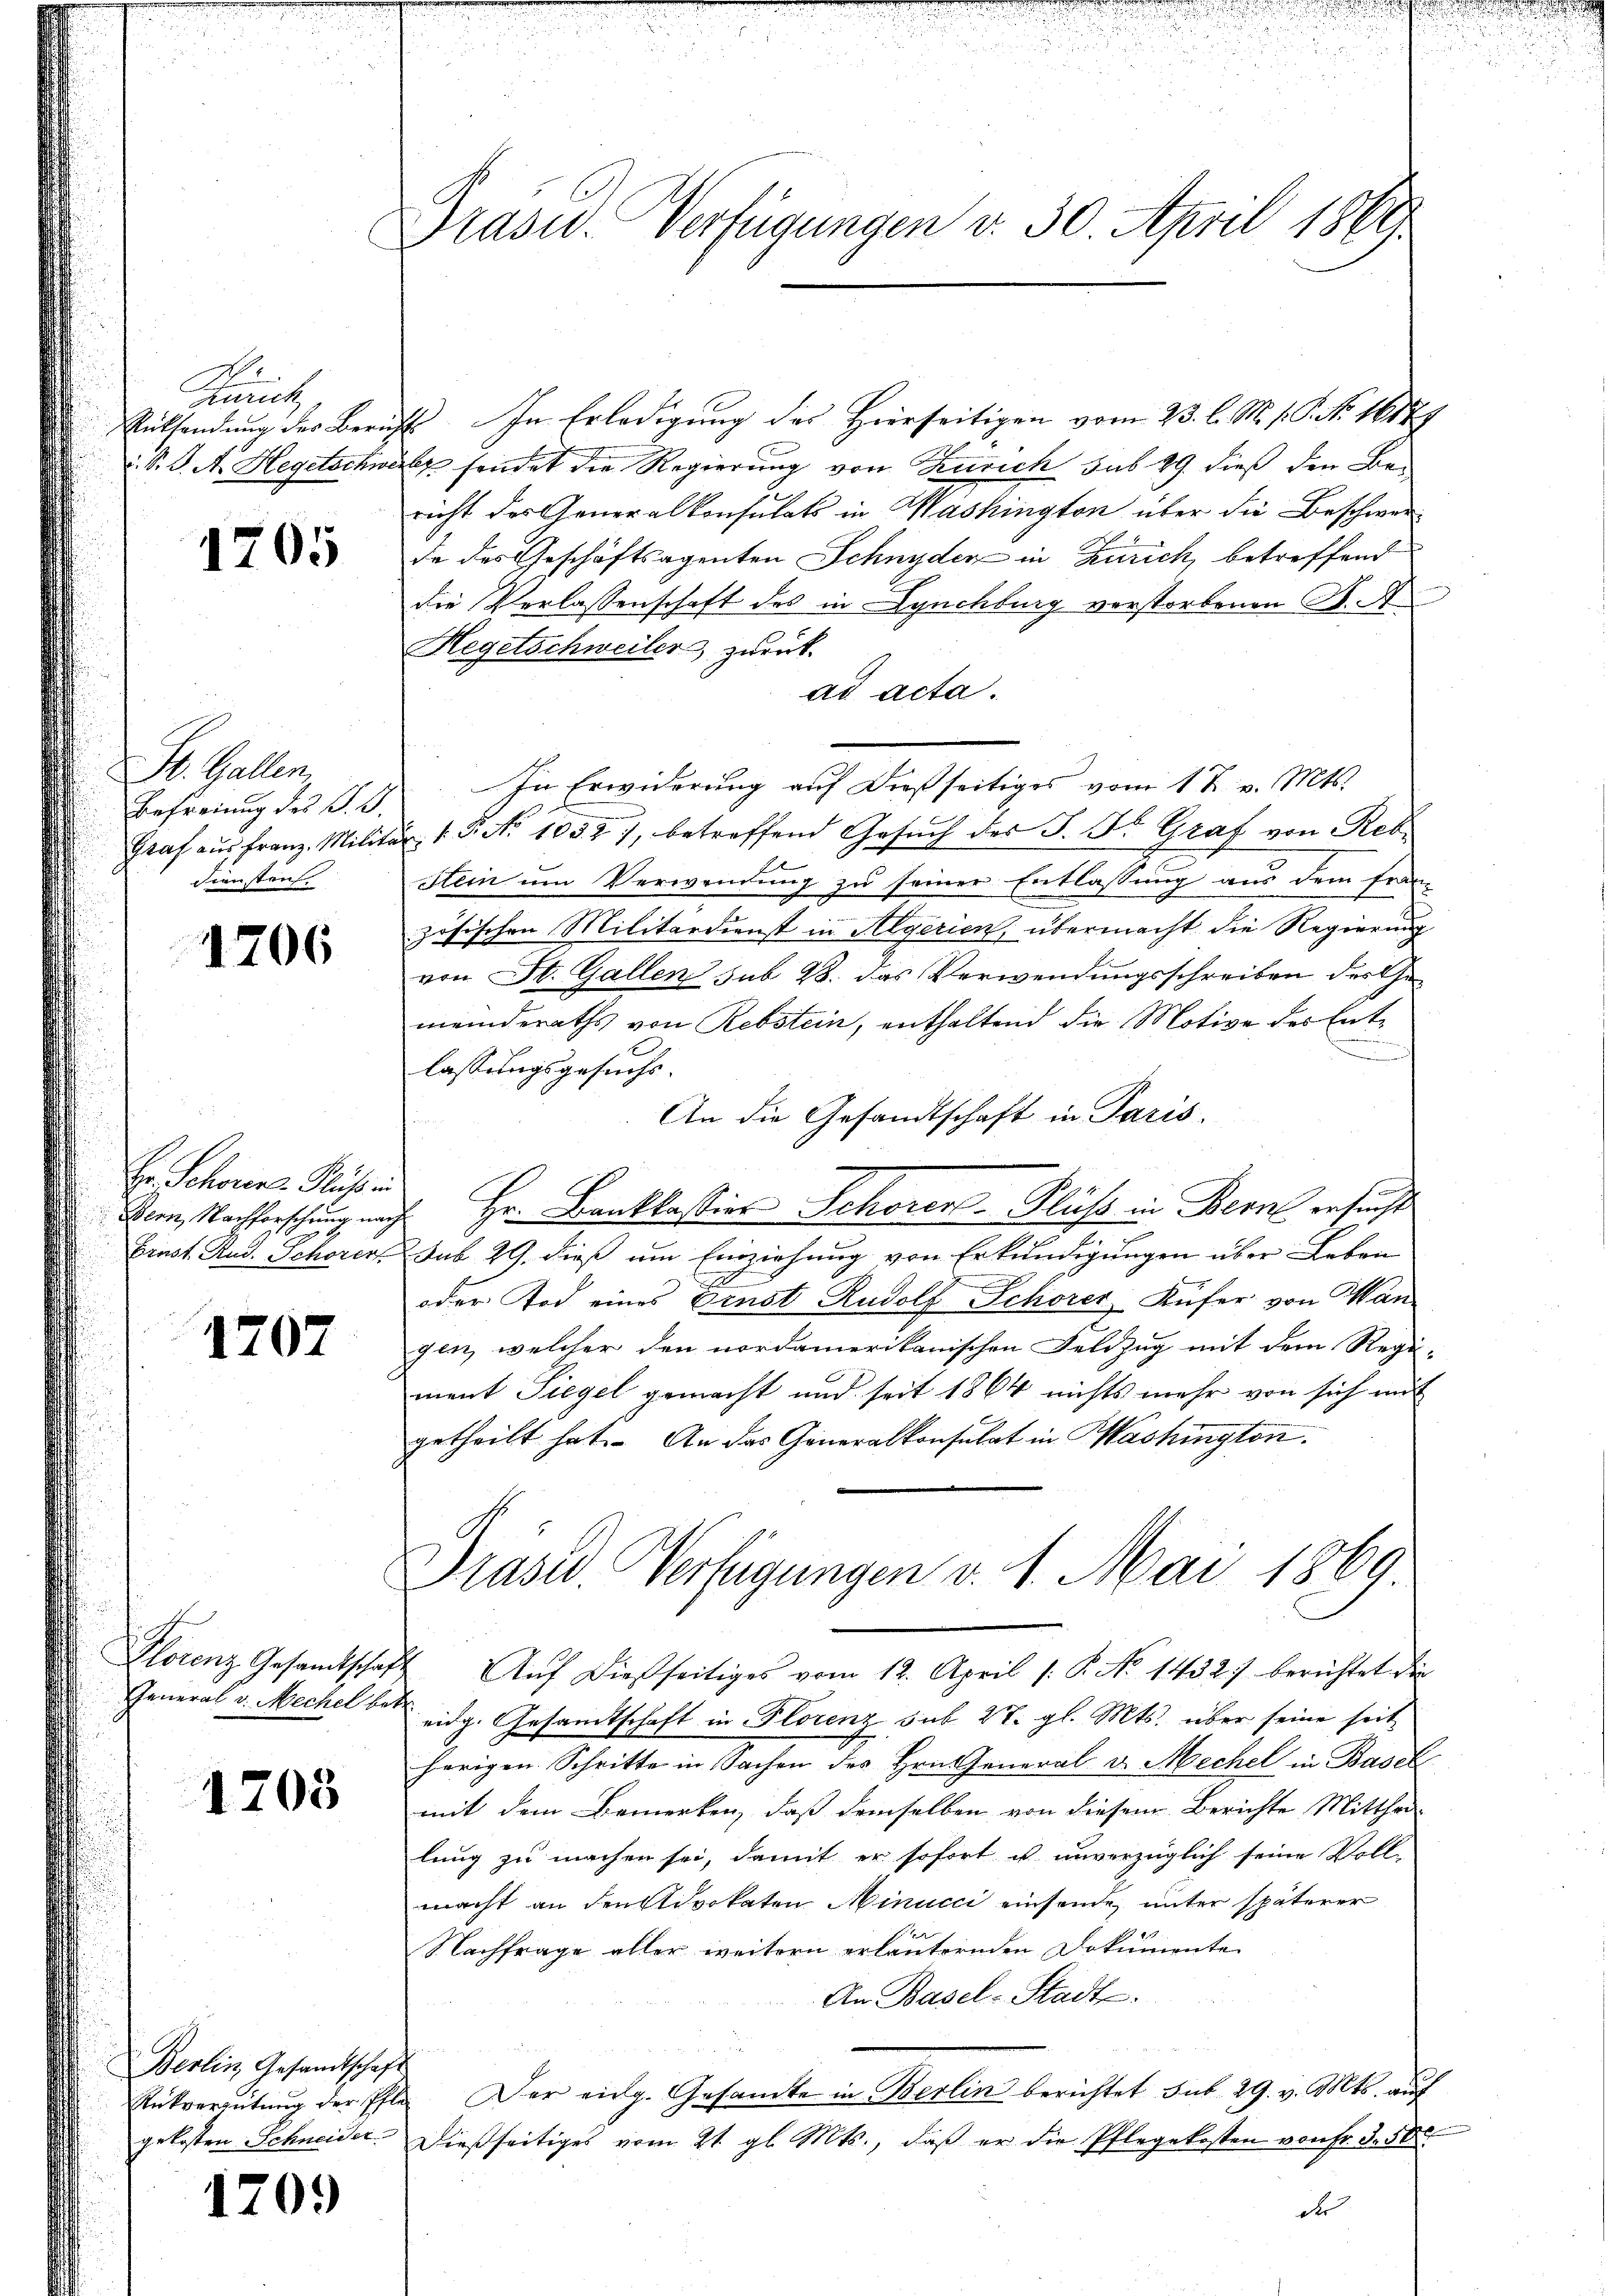
Satz

1705

St. Gallen,
Befreiung des J. J.
Diensten.

1706

E. Schorene Kuh in

1707

1703

Berlin Gesandtschaft
gekosten Schneider

1709

Präsid.. Verfügungen v. 30. April 1869

Rücksendung des Bericht. In Erledigung des Hierseitigen vom 23. l. M. h. P. Nr. 16179
.S. J. A. Hegetschwarz sendet die Regierung von Zusich sub 29. dieß den Bericht des Generalkonsulats in Washington über die Beschwerde des Geschäftsagenten Schnyder in Zürich, betreffend
die Verlassenschaft des in Synchburg verstorbenen S. A
Hegetschweiler zurück-
ad acta.
In Erwiderung auf dießseitiges vom 1 t v. Mts.
n
Graf aŭs Franz. Militär v. P. No 1052 7, betreffend Gesŭch der F. Fr. Graf von Reb-
A
Stein um Verwendung zu seiner Entlassung aus dem Franz
zösischen Militärdienst in Algerien, übermacht die Regierung
von St. Gallen sub 28. das Verwendungsschreiben des Gemeinderaths von Rebstein, enthaltend die Motive des Ent-
lassungsgesuche.
An die Gesandtschaft in Paris.
Bern, Nachforschung nach Hr. Banklassies Schorers Fluss in Bern ersucht
Ernst Rud. Schorers sub 29. dieß um Einziehung von Erkundigungen über Leben
oder Tod eines Ernst Rudolf Schorer, Küfer von Man
gen, welcher den nordamerikanischen Feldzug mit dem Regi-
ment Siegel gemacht und seit 1864 nichts mehr von sich mit
getheilt hat. An das Generalkonsulat in Washington.
Drasid. Verfügungen v. 1. Mai 1869.
Plorenz Gesamtschaft. Aŭf dießseitiges vom 12. April /: P. No 1432) berichtet die
General v. Mechel beidg. Gesandtschaft in Florenz sub 27. gl. Mts. über seine seit
hörigen Schritte in Sachen des Hrn. General v. Mechel in Basel
mit dem Bemerken, daß demselben von diesem Berichte Mitthei-
lung zu machen sei, damit er sofort u. unverzüglich seine Voll-
macht an den Advokaten Minucci einsende, unter späterer
Nachfrage aller weitern erläuternden Dokumente
An Basel-Stadt.
Rükvergütŭng der Elle. Der eidg. Gesamte in Berlin berichtet sub 29. v. Mts. auf
Dießseitiges vom 21. gl. Mts., daß er die Pflegekosten von Fr. 3. 50
de